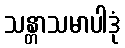
သန္တာသမာပါဒုံ